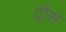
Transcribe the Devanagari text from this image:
ट्रौस